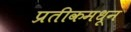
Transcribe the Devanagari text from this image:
प्रतीकमधून